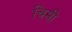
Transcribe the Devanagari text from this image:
चिसी